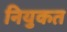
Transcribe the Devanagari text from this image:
नियुकत